Report on sanitation, dispensaries, and jails in Rajputana for 1919, and on vaccination for the year 1919-1920 - 1919-1920
Year: 1919
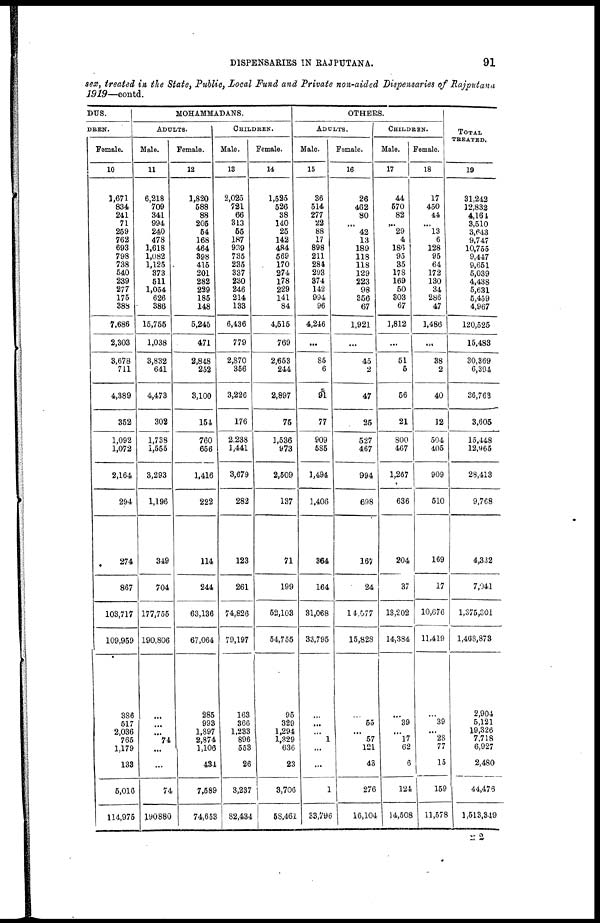
DISPENSARIES IN RAJPUTANA.
91
sex, treated in the State, Public, Local Fund and Private non-aided Dispensaries of Rajputana
1919—contd.
DUS.
DREN.
Female.
10
1,671
834
241
71
259
762
693
798
738
540
239
277
175
388
7,686
2,303
3,678
711
4,389
352
1,092
1,072
2,164
294
274
867
103,717
109,959
386
517
2,036
765
1,179
133
5,016
114,975
MOHAMMADANS.
ADULTS.
Male.
11
6,218
709
341
994
240
478
1,618
1,082
1,125
373
511
1,054
626
386
15,755
1,038
3,832
641
4,473
302
1,738
l,555
3,293
1,196
349
704
177,755
190,806
...
...
...
74
...
...
74
190,880
Female.
12
1,820
588
88
205
54
168
464
398
415
201
282
229
185
148
5,245
471
2,848
252
3,100
154
760
656
1,416
222
114
244
63,136
67,064
285
993
1,897
2,874
1,106
484
7,589
74,653
CHILDREN.
Male.
13
2,025
721
66
313
55
187
939
735
235
337
230
246
214
133
6,436
779
2,870
356
3,226
176
2,238
1,441
3,679
282
123
261
74,826
79,197
163
366
1,233
896
553
26
3,237
82,434
Female.
14
1,525
526
38
140
25
142
484
569
170
274
178
229
141
84
4,515
769
2,653
244
2,897
75
1,536
973
2,509
137
71
199
52,103
54,755
95
329
1,294
1,329
636
23
3,706
58,461
OTHERS.
ADULTS.
Male.
15
36
514
277
22
88
17
898
211
284
293
374
142
994
96
4,246
...
85
6
91
77
909
585
1,494
1,406
364
164
31,068
33,795
...
...
...
1
...
...
1
33,796
Female.
16
26
462
80
...
42
13
189
118
118
129
223
98
356
67
1,921
...
45
2
47
25
527
467
994
698
167
24
14,577
15,828
...
55
...
57
121
43
276
16,104
CHILDREN.
Male.
17
44
570
82
...
29
4
186
95
35
178
169
50
303
67
1,812
...
51
5
56
21
800
467
1,267
636
204
37
13,202
14,384
...
39
...
17
62
6
124
14,508
Female.
18
17
450
44
...
13
6
128
95
64
172
130
34
286
47
1,486
...
38
2
40
12
504
405
909
510
169
17
10,676
11,419
...
39
...
28
77
15
159
11,578
TOTAL
TREATED.
19
31,242
12,832
4,164
3,510
3,643
9,747
10,755
9,447
9,651
5,039
4,438
5,631
5,459
4,967
120,525
15,483
30,369
6,394
36,763
3,605
15,448
12,965
28,413
9,768
4,332
7,041
1,375,301
1,468,873
2,904
5,121
19,326
7,718
6,927
2,480
44,476
1,513,349
N 2